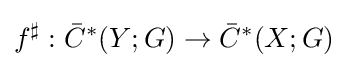
f^{\sharp }:{\bar {C}}^{*}(Y;G)\to {\bar {C}}^{*}(X;G)